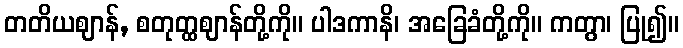
တတိယဈာန်, စတုတ္ထဈာန်တို့ကို။ ပါဒကာနိ၊ အခြေခံတို့ကို။ ကတွာ၊ ပြု၍။